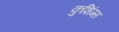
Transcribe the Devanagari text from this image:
कुशिंग्स